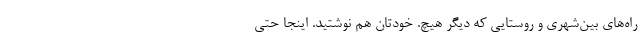
راه‌های بین‌شهری و روستایی که دیگر هیچ. خودتان هم نوشتید. اینجا حتی